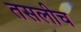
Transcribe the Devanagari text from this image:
तसलीच